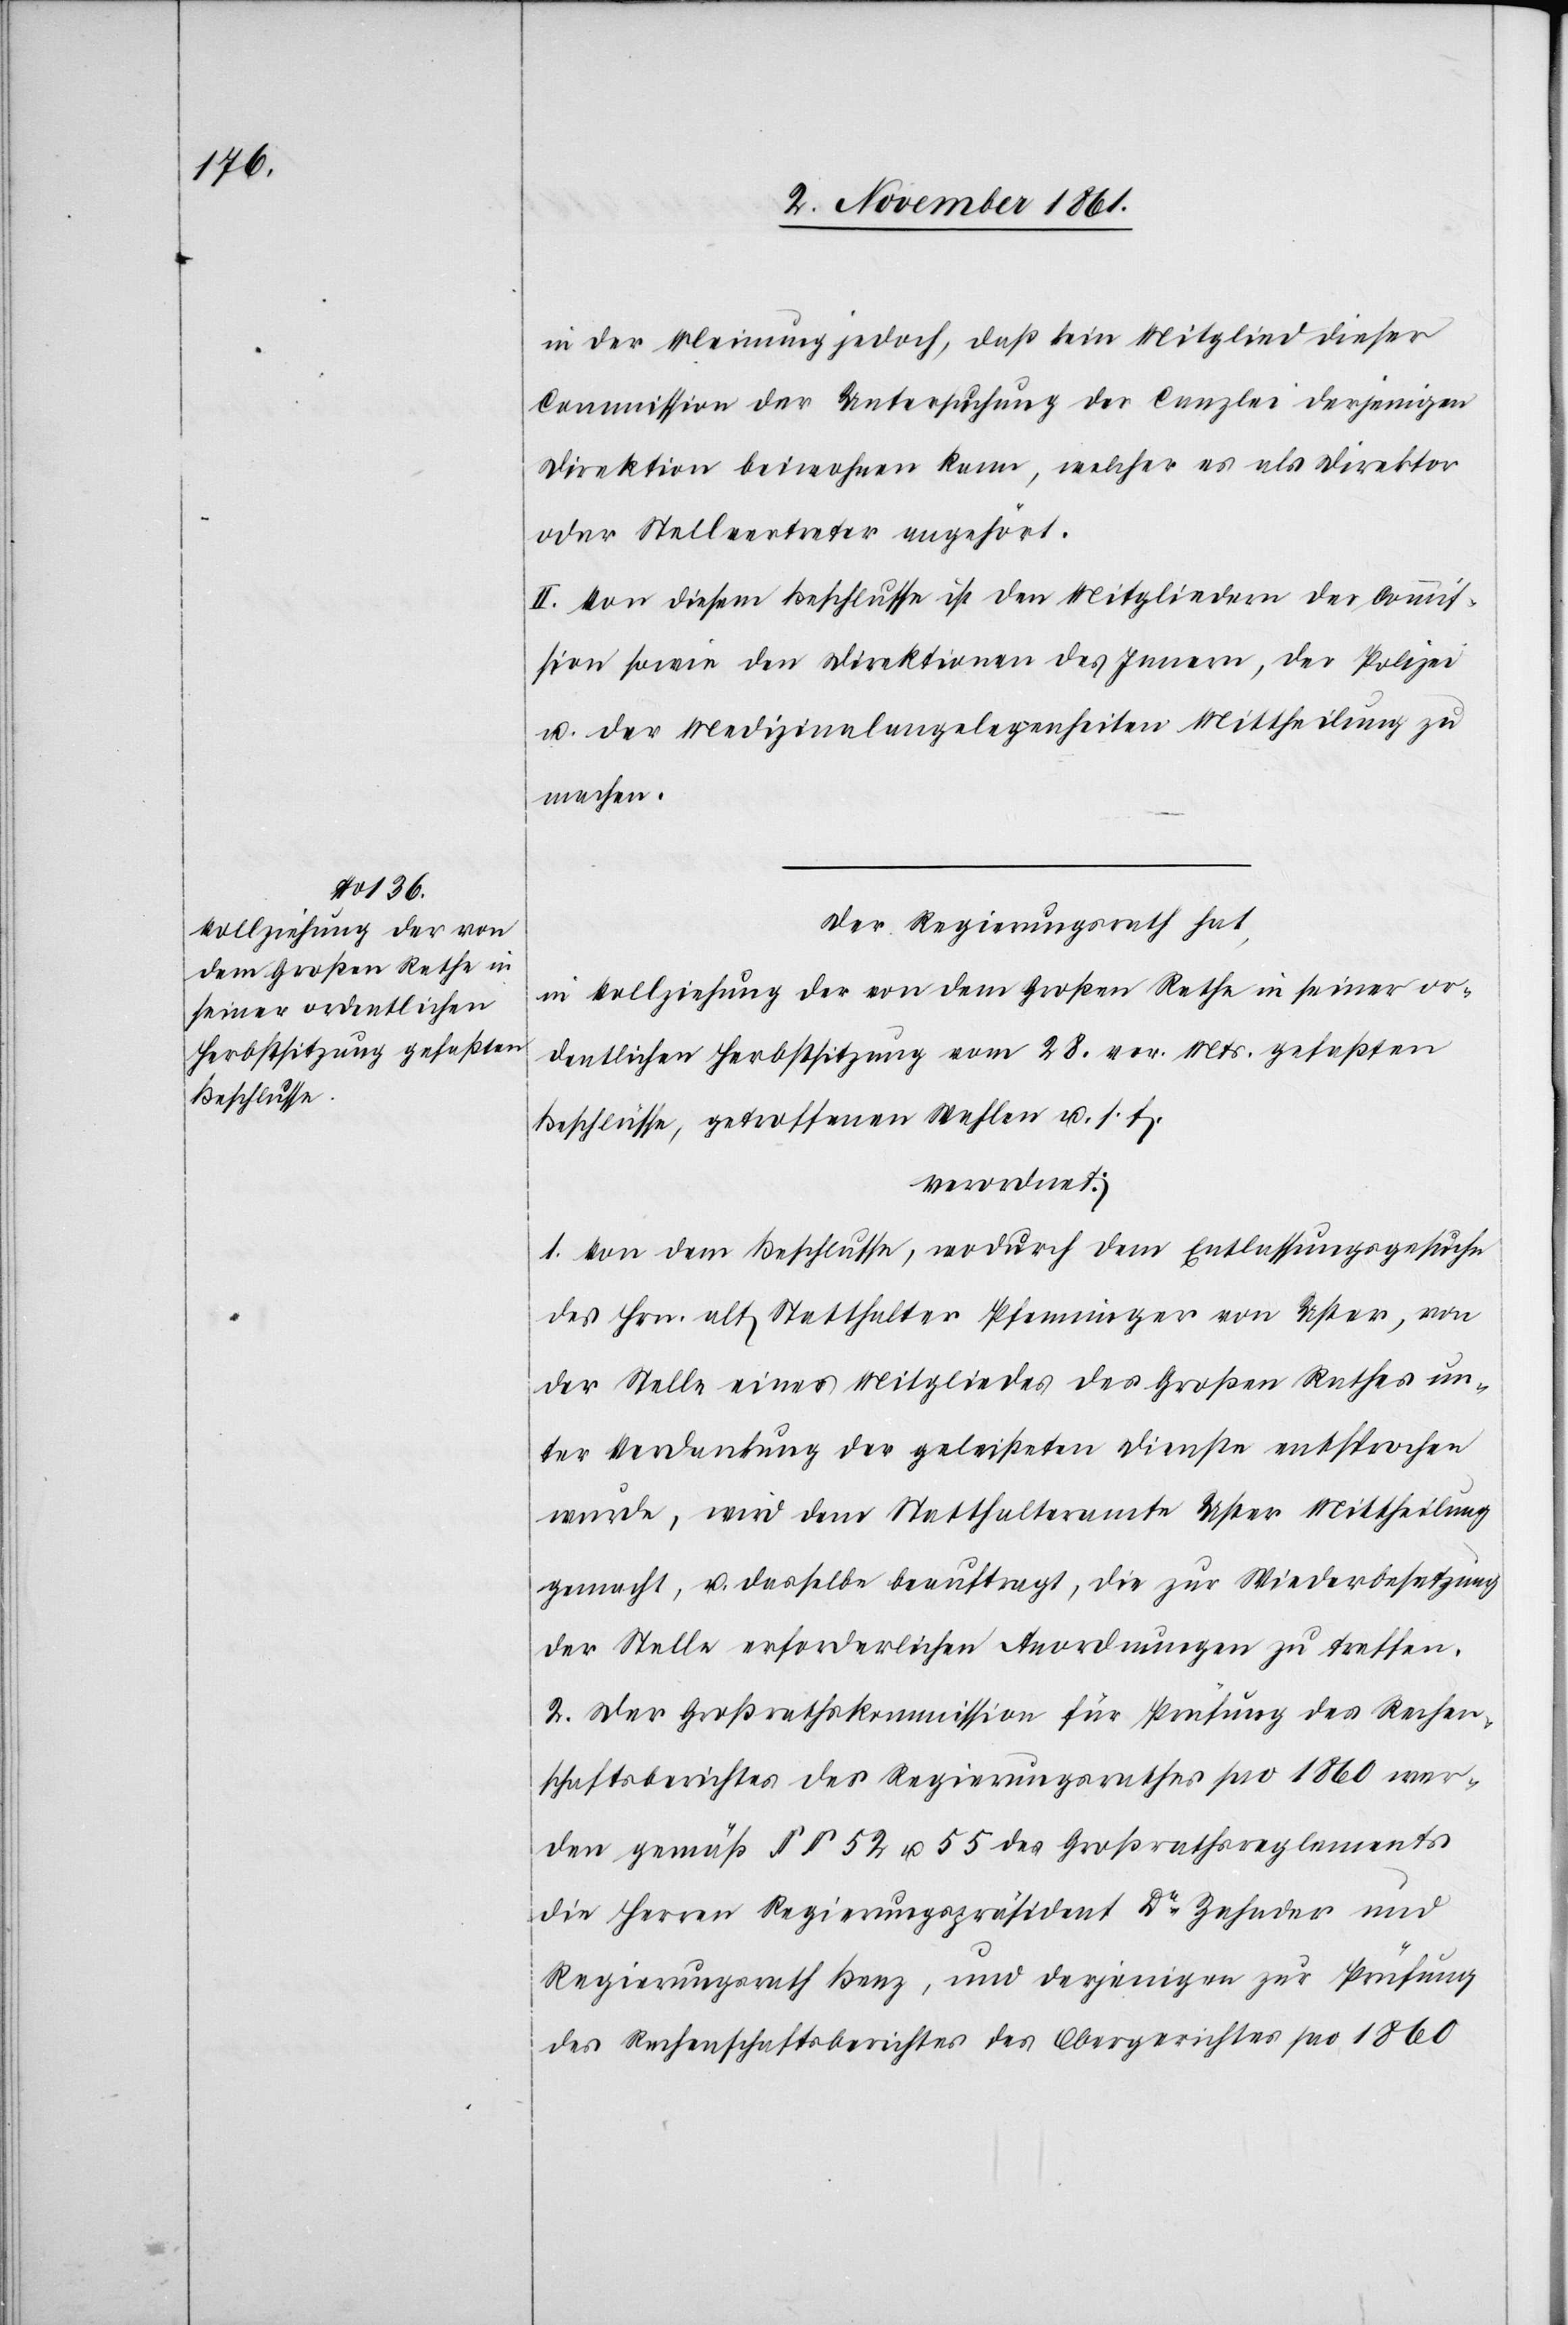
in der Meinung jedoch, daß kein Mitglied dieser
Commission der Untersuchung der Canzlei derjenigen
Direktion beiwohnen kann, welcher es als Direktor
oder Stellvertreter angehört.
II. Von diesem Beschlusse ist den Mitgliedern der Commis¬
sion sowie den Direktionen des Innern, der Polizei
u. der Medizinalangelegenheiten Mittheilung zu
machen.
Der Regierungsrath hat,
in Vollziehung der von dem Großen Rathe in seiner or¬
dentlichen Herbstsitzung vom 28 vor. Mts. gefaßten
Beschlusse, getroffenen Wahlen u. s. f.
verordnet:
1. Von dem Beschlusse, wodurch dem Entlassungsgesuche
des Hrn. alt Statthalter Pfenninger von Uster, von
der Stelle eines Mitgliedes des Großen Rathes un¬
ter Verdankung der geleisteten Dienste entsprochen
wurde, wird dem Statthalteramte Uster Mittheilung
gemacht, u. dasselbe beauftragt, die zur Wiederbesetzung
der Stelle erforderlichen Anordnungen zu treffen.
2. Der Großrathskommission für Prüfung des Rechen¬
schaftsberichtes des Regierungsrathes pro 1860 wer¬
den gemäß §§ 52 u. 55 des Großrathsreglements
die Herren Regierungspräsident Dr Zehnder und
Regierungsrath Benz, und derjenigen zur Prüfung
des Rechenschaftsberichtes des Obergerichtes pro 1860